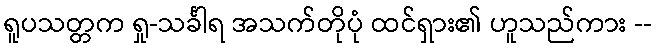
ရူပသတ္တက ရှု-သင်္ခါရ အသက်တိုပုံ ထင်ရှား၏ ဟူသည်ကား --